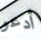
أدعو